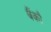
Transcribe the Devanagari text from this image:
बैंकौ